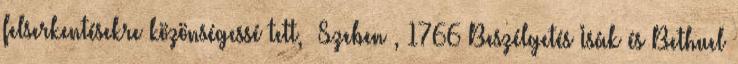
felserkentésekre közönségessé tett, Szeben , 1766 Beszélgetés Isák és Bethuel